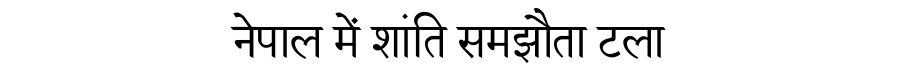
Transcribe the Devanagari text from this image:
नेपाल में शांति समझौता टला